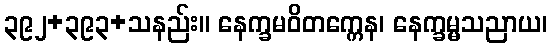
၃၉၂+၃၉၃+သနည်း။ နေက္ခမဝိတက္ကေန၊ နေက္ခမ္မသညာယ၊